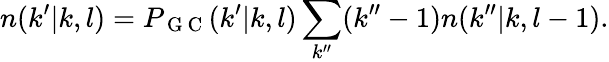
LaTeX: n(k^{\prime}|k,l)=P_{\mathrm{~G~C~}}(k^{\prime}|k,l)\sum_{k^{\prime\prime}}(k^{\prime\prime}-1)n(k^{\prime\prime}|k,l-1).